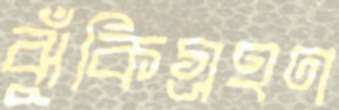
ঝুঁকিগ্রহণ